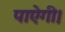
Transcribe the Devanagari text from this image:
पाऐगी।